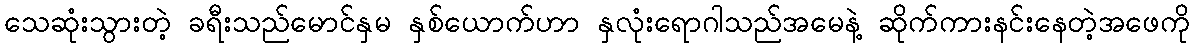
သေဆုံးသွားတဲ့ ခရီးသည်မောင်နှမ နှစ်ယောက်ဟာ နှလုံးရောဂါသည်အမေနဲ့ ဆိုက်ကားနင်းနေတဲ့အဖေကို